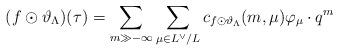
LaTeX: \begin{align*}( f \odot \vartheta_\Lambda)(\tau) = \sum_{ m\gg -\infty } \sum_{ \mu \in L^\vee / L }c_{ f \odot \vartheta_\Lambda }(m ,\mu) \varphi_\mu \cdot q^m\end{align*}